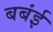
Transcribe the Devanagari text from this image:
बबंई